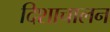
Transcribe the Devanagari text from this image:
दिशाचालन